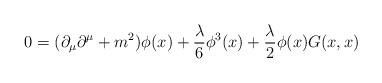
LaTeX: \begin{align*}0= (\partial_{\mu} \partial^{\mu} + m^2) {\phi (x)} + {\lambda \over 6} \phi^3 (x) + {\lambda \over 2} \phi (x) G(x,x)\end{align*}